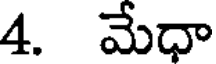
4. మేధా